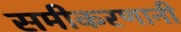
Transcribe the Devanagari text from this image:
समीकरणानी